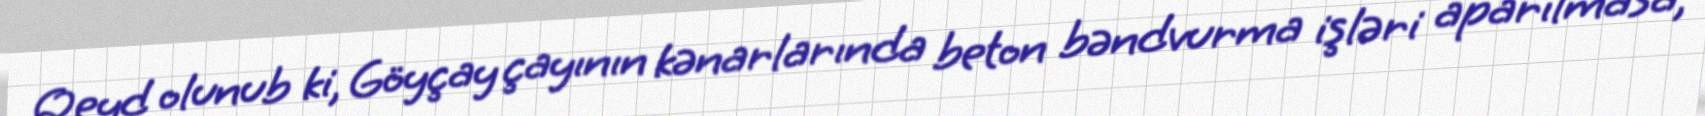
Qeyd olunub ki, Göyçay çayının kənarlarında beton bəndvurma işləri aparılmasa,